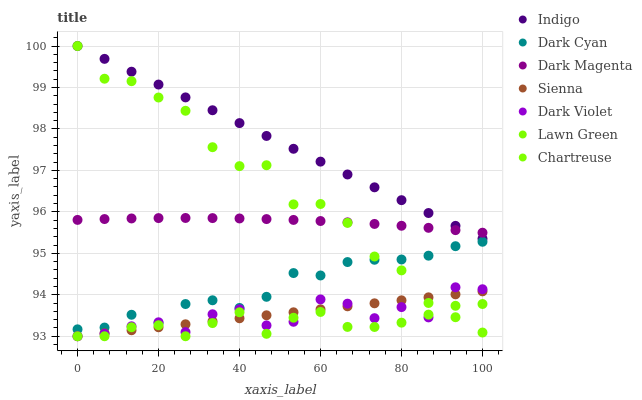
| xaxis_label | Indigo | Dark Cyan | Dark Magenta | Sienna | Dark Violet | Lawn Green | Chartreuse |
 | --- | --- | --- | --- | --- | --- | --- | --- |
 | 0 | 100 | 93.2 | 95.8 | 93 | 93 | 93 | 100 |
 | 6.67 | 99.7 | 93.2 | 95.8 | 93.1 | 93.1 | 93 | 99.2 |
 | 13.3 | 99.4 | 93.5 | 95.8 | 93.1 | 93.2 | 93.2 | 99.2 |
 | 20 | 99.1 | 93.3 | 95.8 | 93.2 | 93.3 | 93.3 | 98.8 |
 | 26.7 | 98.8 | 93.8 | 95.9 | 93.3 | 93.1 | 93 | 98.4 |
 | 33.3 | 98.5 | 93.9 | 95.8 | 93.4 | 93.5 | 93.3 | 97.6 |
 | 40 | 98.1 | 93.7 | 95.8 | 93.4 | 93.7 | 93.6 | 97.1 |
 | 46.7 | 97.8 | 94 | 95.8 | 93.5 | 93.3 | 93.1 | 97.1 |
 | 53.3 | 97.5 | 94.5 | 95.8 | 93.6 | 93.3 | 93.4 | 96.2 |
 | 60 | 97.2 | 94.5 | 95.8 | 93.6 | 93.9 | 93.6 | 96.2 |
 | 66.7 | 96.9 | 94.8 | 95.7 | 93.7 | 93.8 | 93.2 | 95.7 |
 | 73.3 | 96.6 | 94.8 | 95.7 | 93.8 | 93.4 | 93.2 | 94.9 |
 | 80 | 96.3 | 94.9 | 95.7 | 93.9 | 93.7 | 93.3 | 94.6 |
 | 86.7 | 96 | 94.9 | 95.6 | 93.9 | 93.5 | 93.5 | 93.8 |
 | 93.3 | 95.7 | 95.2 | 95.6 | 94 | 94.2 | 93.7 | 93.5 |
 | 100 | 95.4 | 95.3 | 95.5 | 94.1 | 94.1 | 93.8 | 93.1 |